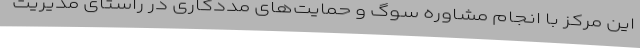
این مرکز با انجام مشاوره سوگ و حمایت‌های مددکاری در راستای مدیریت